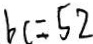
b c = 5 2